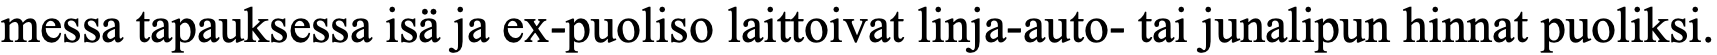
messa tapauksessa isä ja ex-puoliso laittoivat linja-auto- tai junalipun hinnat puoliksi.